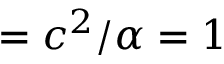
= c ^ { 2 } / \alpha = 1